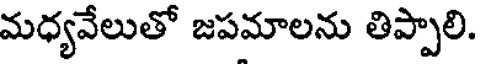
మధ్యవేలుతో జపమాలను తిప్పాలి.